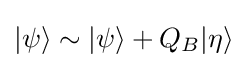
|\psi \rangle \sim |\psi \rangle +Q_{B}|\eta \rangle